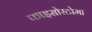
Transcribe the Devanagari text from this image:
फाइसोस्टोमा